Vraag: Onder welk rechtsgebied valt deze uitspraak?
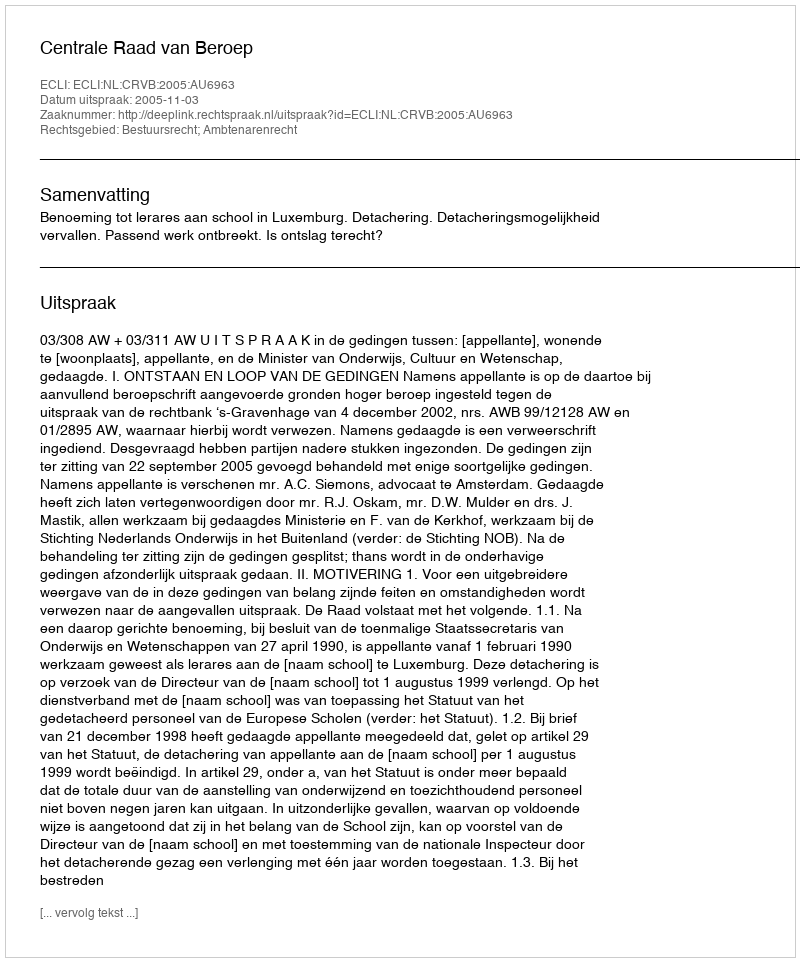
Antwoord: Bestuursrecht; Ambtenarenrecht